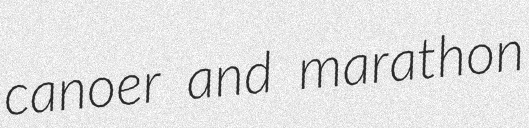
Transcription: canoer and marathon